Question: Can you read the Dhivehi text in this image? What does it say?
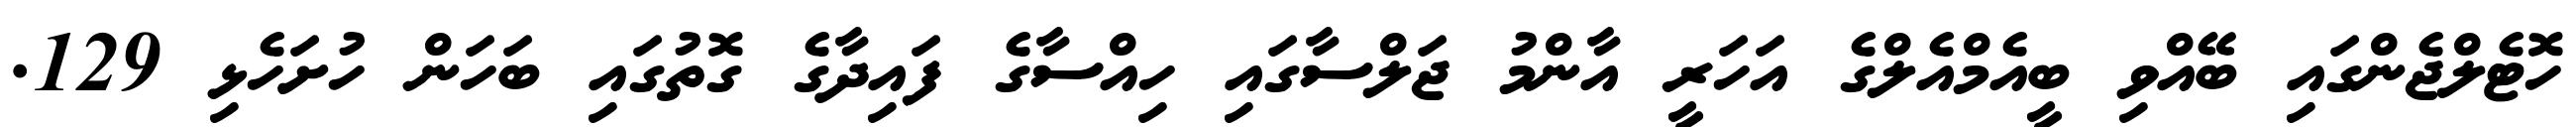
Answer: ހޮޓެލްޖެންގައި ބޭއްވި ބީއެމްއެލްގެ އަހަރީ އާންމު ޖަލްސާގައި ހިއްސާގެ ފައިދާގެ ގޮތުގައި ބަހަން ހުށަހެޅި 129.